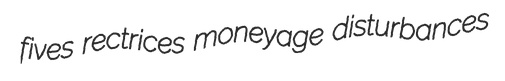
fives rectrices moneyage disturbances